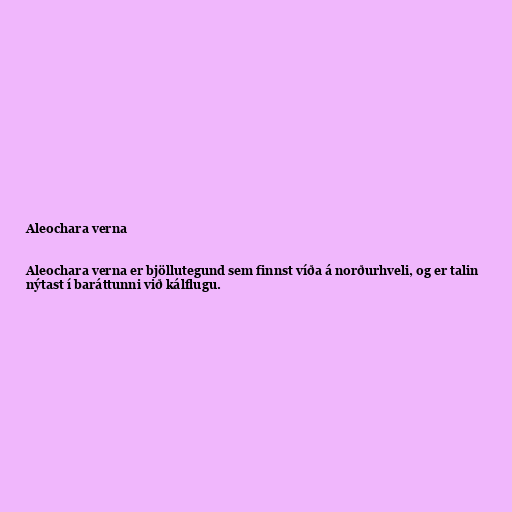
Aleochara verna

Aleochara verna er bjöllutegund sem finnst víða á norðurhveli, og er talin
nýtast í baráttunni við kálflugu.